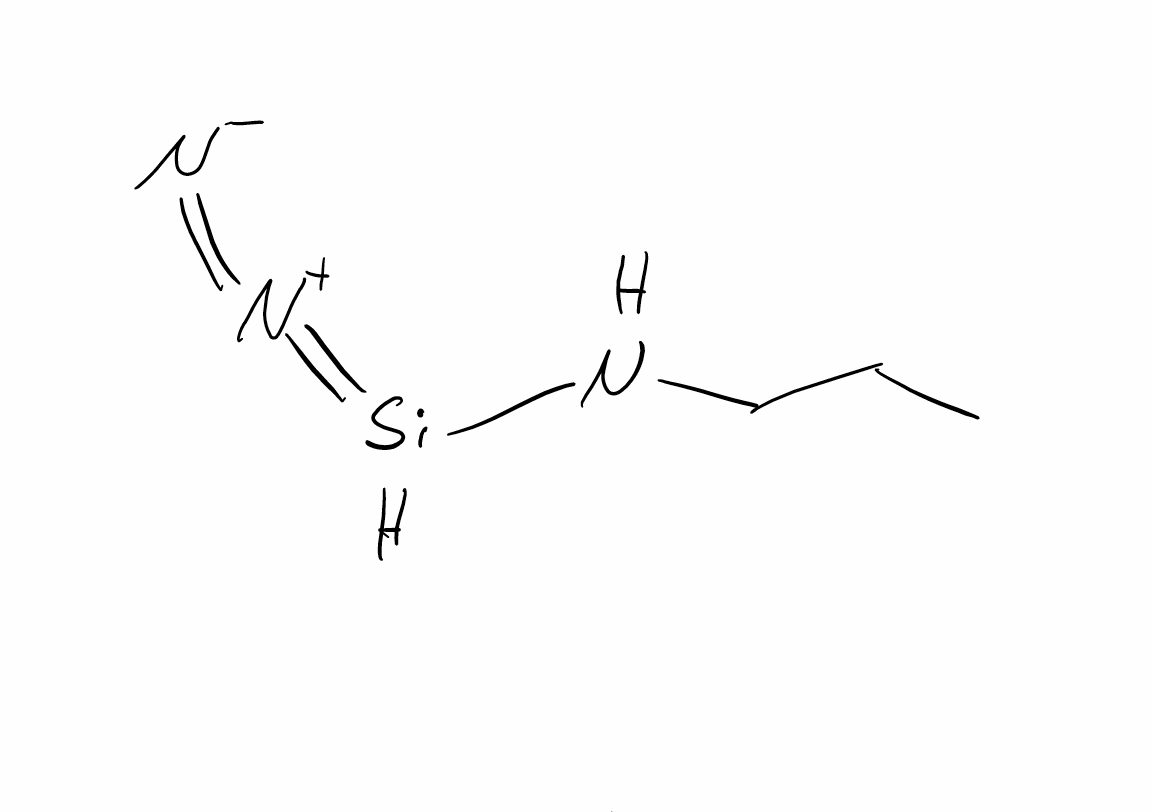
Simplified molecular-input line-entry system (SMILES) notation of the given molecule:
CCCN[SiH]=[N+]=[N-]